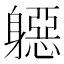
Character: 𨉼